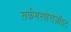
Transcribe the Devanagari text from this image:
सर्कमस्पोरोज़ॉइट